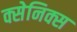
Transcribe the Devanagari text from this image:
क्सेनिक्स